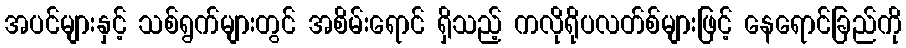
အပင်များနှင့် သစ်ရွက်များတွင် အစိမ်းရောင် ရှိသည့် ကလိုရိုပလတ်စ်များဖြင့် နေရောင်ခြည်ကို